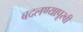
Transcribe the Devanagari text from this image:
बदलण्यापूरवी